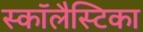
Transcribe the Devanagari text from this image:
स्कॉलैस्टिका